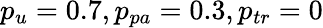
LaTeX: p_{u}=0.7,p_{pa}=0.3,p_{tr}=0